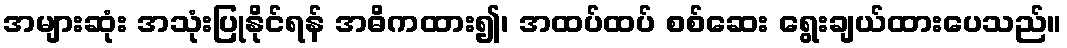
အများဆုံး အသုံးပြုနိုင်ရန် အဓိကထား၍၊ အထပ်ထပ် စစ်ဆေး ရွေးချယ်ထားပေသည်။